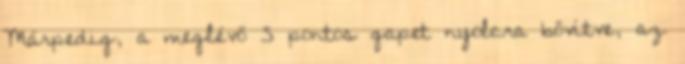
Márpedig, a meglévő 5 pontos gapet nyolcra bővítve, az